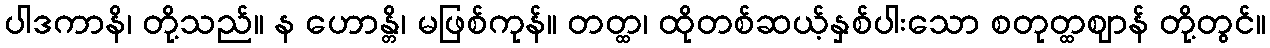
ပါဒကာနိ၊ တို့သည်။ န ဟောန္တိ၊ မဖြစ်ကုန်။ တတ္ထ၊ ထိုတစ်ဆယ့်နှစ်ပါးသော စတုတ္ထဈာန် တို့တွင်။